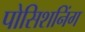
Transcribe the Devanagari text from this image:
पोसिशनिंग